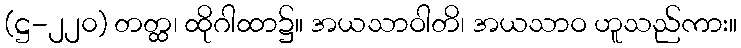
(ဋ္ဌ-၂၂၀) တတ္ထ၊ ထိုဂါထာ၌။ အယသာဝါတိ၊ အယသာဝ ဟူသည်ကား။